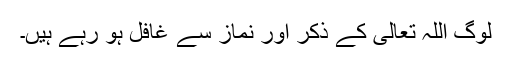
لوگ اللہ تعالیٰ کے ذکر اور نماز سے غافل ہو رہے ہیں۔